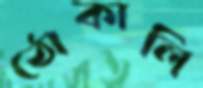
ঠোকালি